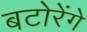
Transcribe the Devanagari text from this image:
बटोरेंगे